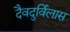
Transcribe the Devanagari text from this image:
दैवदुर्विलास